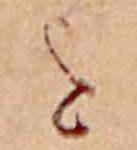
を